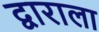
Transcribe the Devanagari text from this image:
द्वाराला